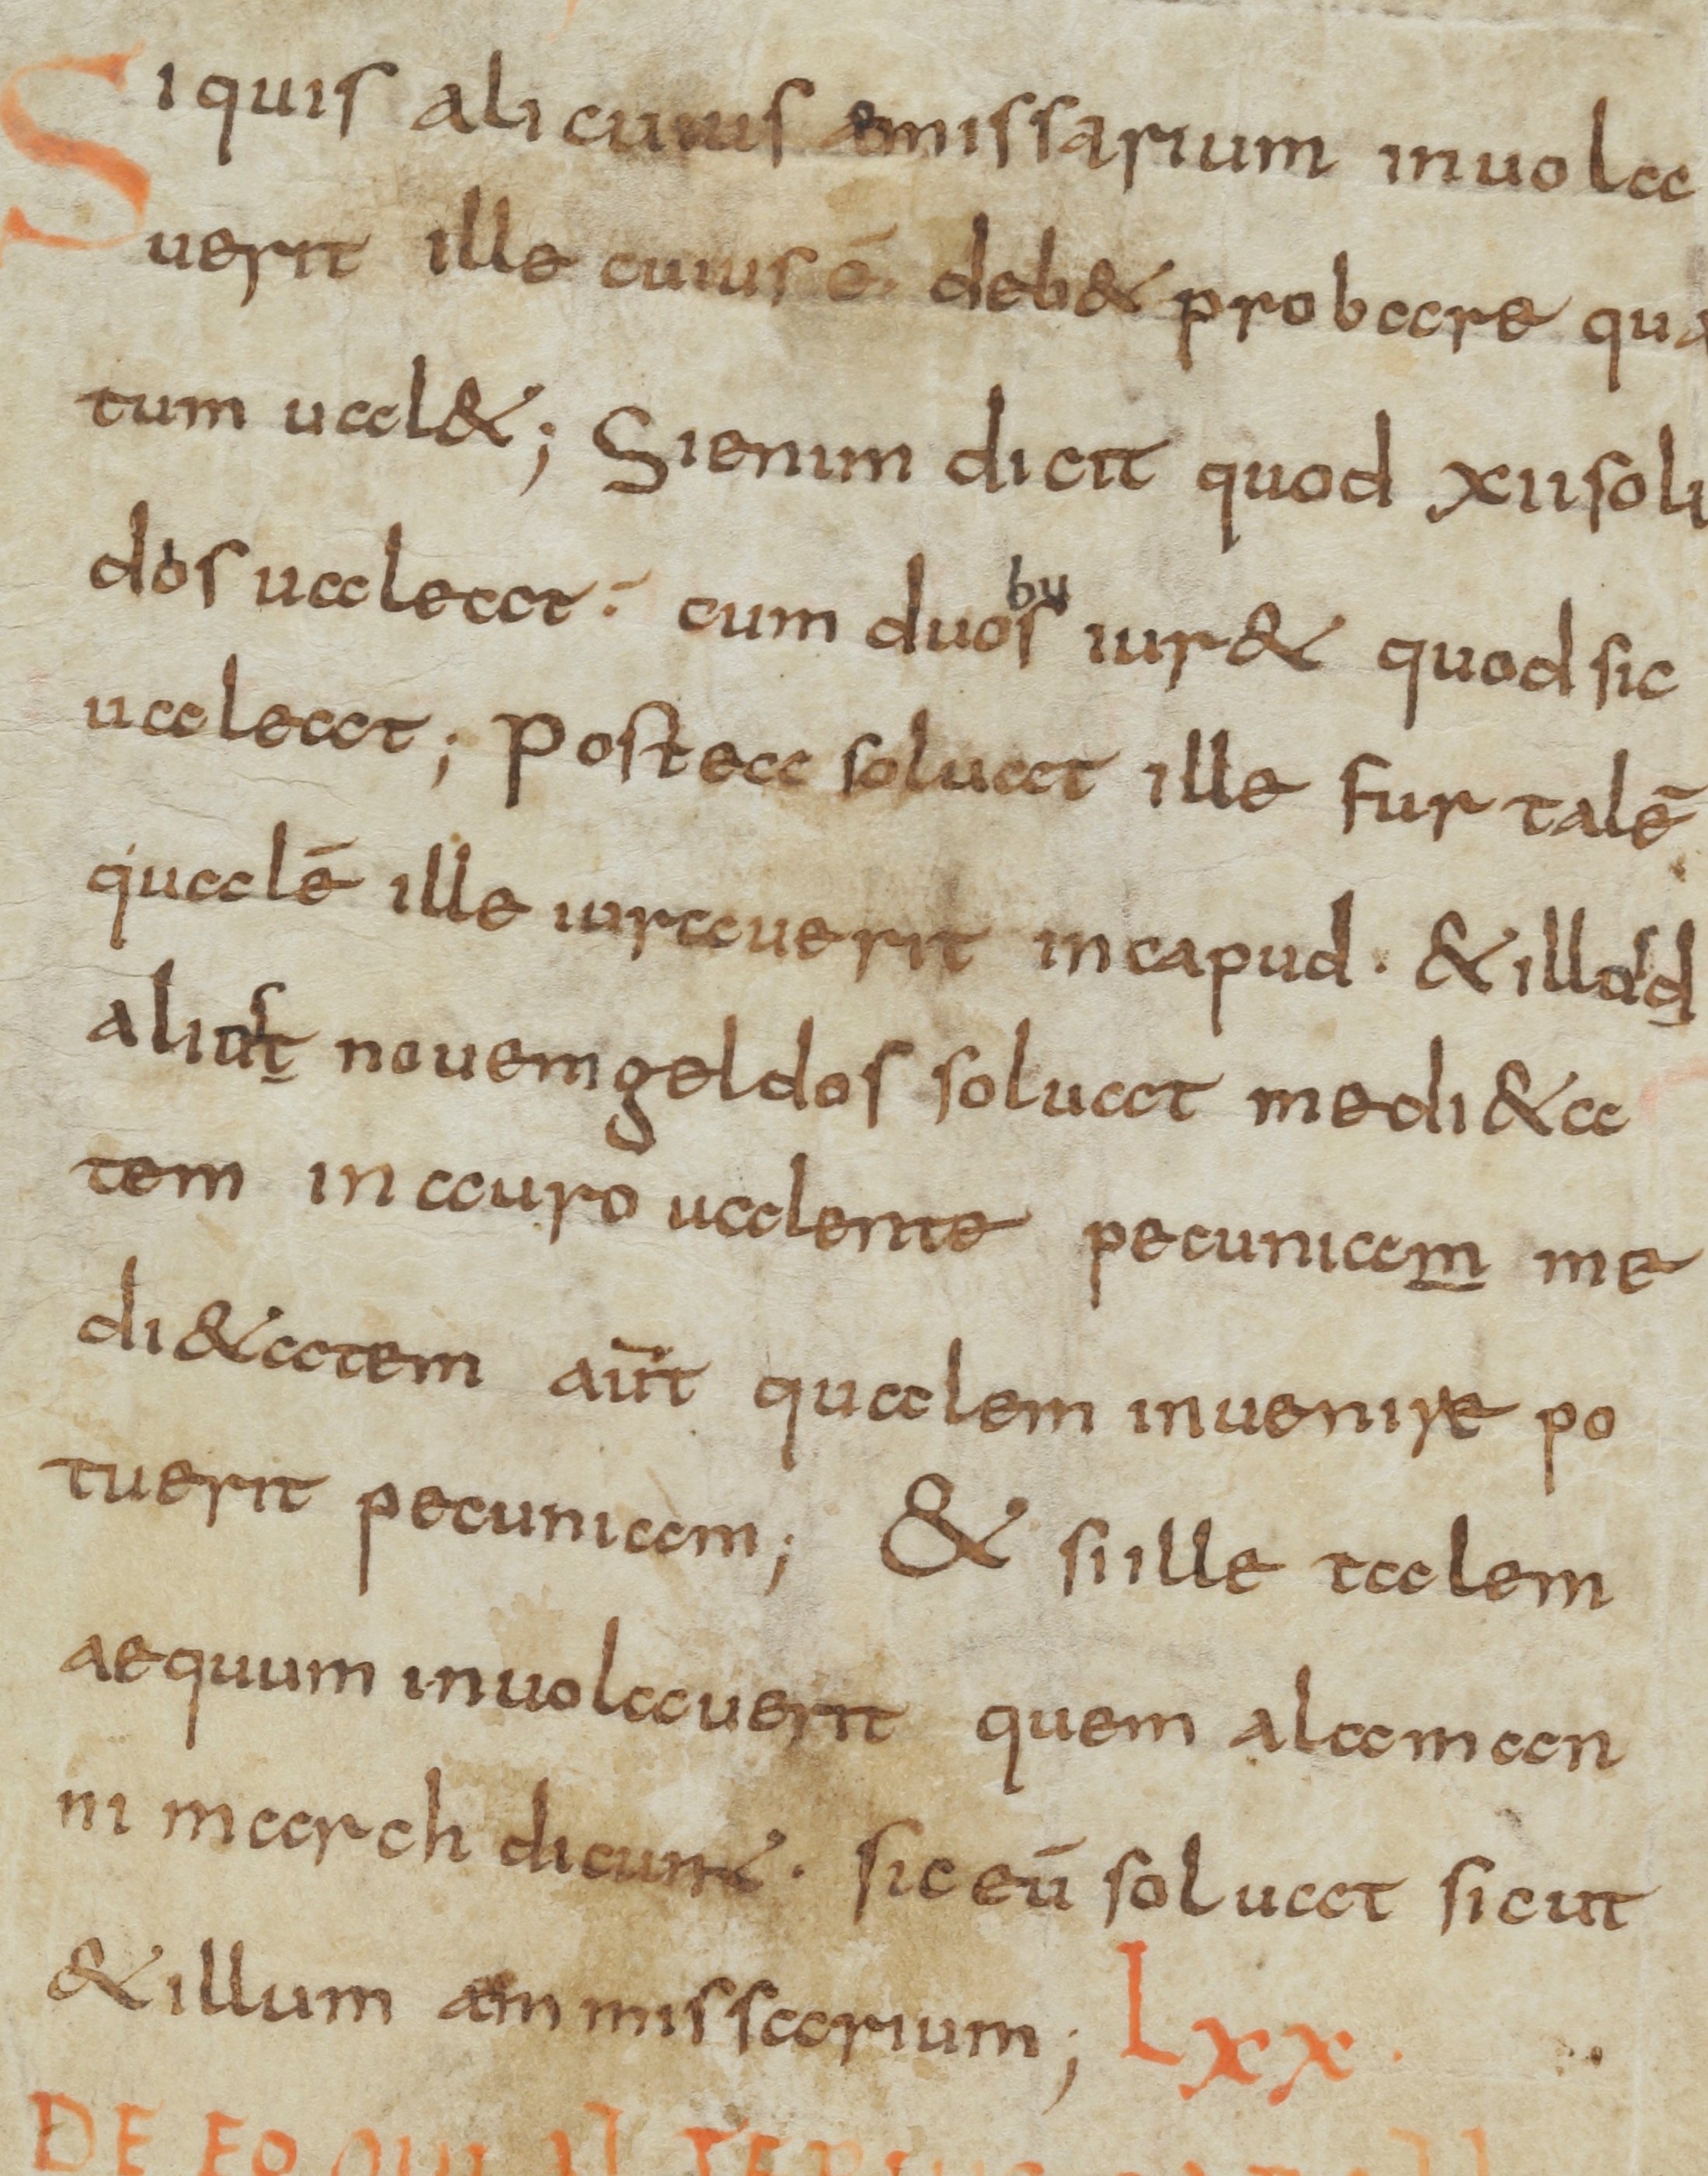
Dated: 800–899